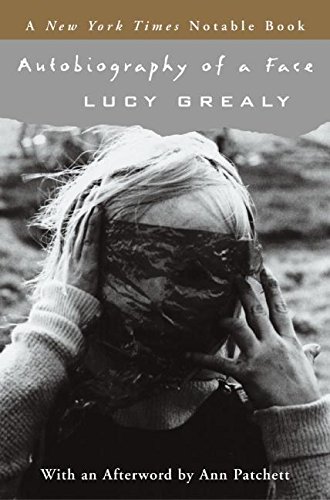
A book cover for Autobiography of a Face; Lucy Grealy; Health, Fitness & Dieting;